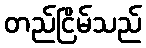
တည်ငြိမ်သည်